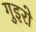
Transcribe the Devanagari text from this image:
गुइरो